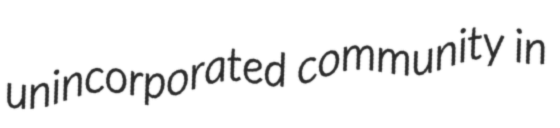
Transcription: unincorporated community in